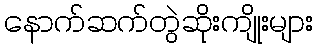
နောက်ဆက်တွဲဆိုးကျိုးများ